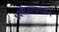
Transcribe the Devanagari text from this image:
भवबीजानामर्जनं